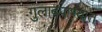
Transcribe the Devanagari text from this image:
गुलाबपाण्यात